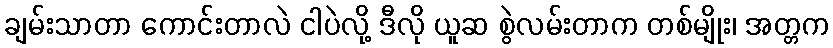
ချမ်းသာတာ ကောင်းတာလဲ ငါပဲလို့ ဒီလို ယူဆ စွဲလမ်းတာက တစ်မျိုး၊ အတ္တက